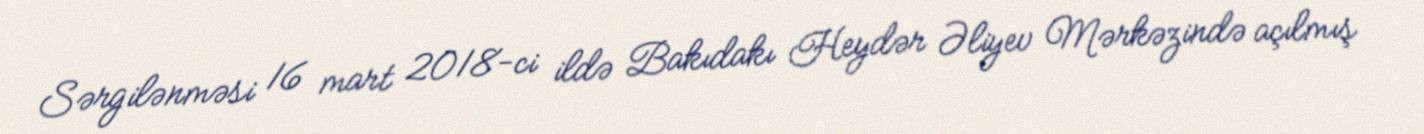
Sərgilənməsi 16 mart 2018-ci ildə Bakıdakı Heydər Əliyev Mərkəzində açılmış